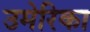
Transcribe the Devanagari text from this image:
उमेरिका